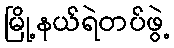
မြို့နယ်ရဲတပ်ဖွဲ့